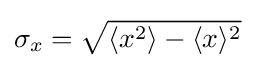
\sigma _{x}={\sqrt {\langle {x}^{2}\rangle -\langle {x}\rangle ^{2}}}